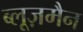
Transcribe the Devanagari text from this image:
ब्लूज़मैन